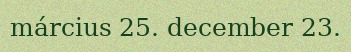
március 25. december 23.